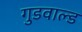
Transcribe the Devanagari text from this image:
गुडवाल्ड